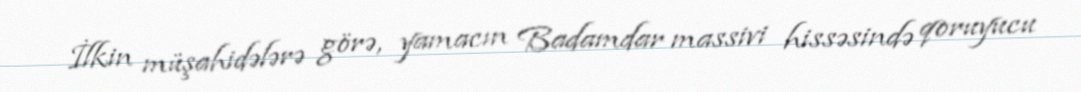
İlkin müşahidələrə görə, yamacın Badamdar massivi hissəsində qoruyucu